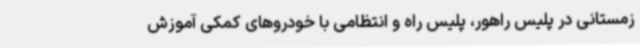
زمستانی در پلیس راهور، پلیس راه و انتظامی با خودروهای کمکی آموزش